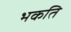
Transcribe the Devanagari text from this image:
भकति